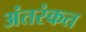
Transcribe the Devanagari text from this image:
अंतरंकत